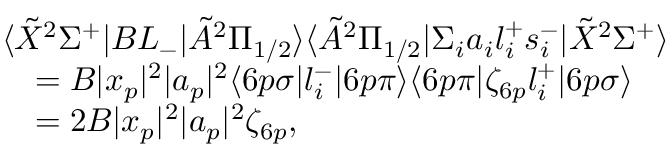
\begin{array} { r l } & { \langle \tilde { X } ^ { 2 } \Sigma ^ { + } | B L _ { - } | \tilde { A } ^ { 2 } \Pi _ { 1 / 2 } \rangle \langle \tilde { A } ^ { 2 } \Pi _ { 1 / 2 } | \Sigma _ { i } a _ { i } l _ { i } ^ { + } s _ { i } ^ { - } | \tilde { X } ^ { 2 } \Sigma ^ { + } \rangle } \\ & { \quad = B | x _ { p } | ^ { 2 } | a _ { p } | ^ { 2 } \langle 6 p \sigma | l _ { i } ^ { - } | 6 p \pi \rangle \langle 6 p \pi | \zeta _ { 6 p } l _ { i } ^ { + } | 6 p \sigma \rangle } \\ & { \quad = 2 B | x _ { p } | ^ { 2 } | a _ { p } | ^ { 2 } \zeta _ { 6 p } , } \end{array}